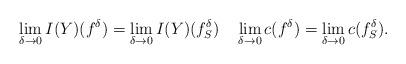
LaTeX: \begin{align*} \lim_{\delta\to 0}I(Y)(f^{\delta})=\lim_{\delta\to 0}I(Y)(f^{\delta}_S)\quad \lim_{\delta\to 0}c(f^{\delta})=\lim_{\delta\to 0}c(f^{\delta}_S).\end{align*}